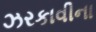
ઝરકાવીના